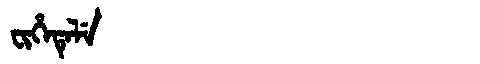
Manchu: ᠸᡳᡥᡝᡨᡝᠯᡝ
Romanization: FIHETELE